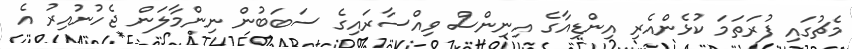
މެޗުގައި ފުރަތަމަ ކުޅެންއެރި އިންޑިއާގެ އިނިންސް ވިއްސާރައިގެ ސަބަބުން ނިންމާލަން ޖެހުނުއިރު އެ